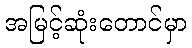
အမြင့်ဆုံးတောင်မှာ